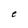
Character: e